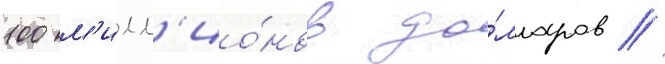
100 м'илл'ио́нов до́лларов /